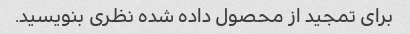
برای تمجید از محصول داده شده نظری بنویسید.